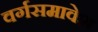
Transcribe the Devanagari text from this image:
वर्गसमावेश